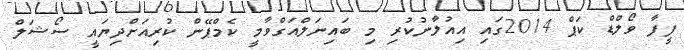
ފީފާ ވޯލްޑް ކަޕް 2014ގައި އިއުލާނުކުރި މި ބައިނަލްއަގްވާމީ ކެމްޕޭން ކުރިއަށްދިޔައީ ސޯޝަލް